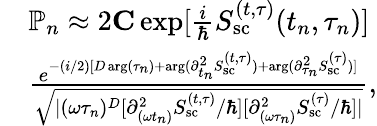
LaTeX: \begin{array}{rl}&{\mathbb{P}_{n}\approx 2{\mathbf C}\exp[{\frac{i}{\hbar}S_{\mathrm{sc}}^{(t,\tau)}(t_{n},\tau_{n})}]}\\ &{\frac{e^{-(i/2)[D\arg(\tau_{n})+\arg({\partial_{t_{n}}^{2}S_{\mathrm{sc}}^{(t,\tau)}})+\arg({\partial_{\tau_{n}}^{2}S_{\mathrm{sc}}^{(\tau)}})]}}{\sqrt{|(\omega\tau_{n})^{D}[{\partial_{(\omega t_{n})}^{2}S_{\mathrm{sc}}^{(t,\tau)}}/\hbar][{\partial_{(\omega\tau_{n})}^{2}S_{\mathrm{sc}}^{(\tau)}}/\hbar]|}},}\end{array}